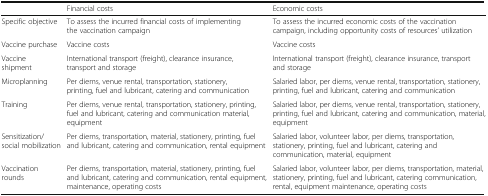
|  | Financial costs | Economic costs |
 | --- | --- | --- |
 | Specific objective | To assess the incurred financial costs of implementing the vaccination campaign | To assess the incurred economic costs of the vaccination campaign, including opportunity costs of resources’ utilization |
 | Vaccine purchase | Vaccine costs | Vaccine costs |
 | Vaccine shipment | International transport (freight), clearance insurance, transport and storage | International transport (freight), clearance insurance, transport and storage |
 | Microplanning | Per diems, venue rental, transportation, stationery, printing, fuel and lubricant, catering and communication | Salaried labor, per diems, venue rental, transportation, stationery, printing, fuel and lubricant, catering and communication |
 | Training | Per diems, venue rental, transportation, stationery, printing, fuel and lubricant, catering and communication material, equipment | Salaried labor, per diems, venue rental, transportation, stationery, printing, fuel and lubricant, catering and communication, material, equipment |
 | Sensitization/social mobilization | Per diems, transportation, material, stationery, printing, fuel and lubricant, catering and communication, rental equipment | Salaried labor, volunteer labor, per diems, transportation, stationery, printing, fuel and lubricant, catering and communication, material, equipment |
 | Vaccination rounds | Per diems, transportation, material, stationery, printing, fuel and lubricant, catering and communication, rental equipment, maintenance, operating costs | Salaried labor, volunteer labor, per diems, transportation, material, stationery, printing, fuel and lubricant, catering communication, rental, equipment maintenance, operating costs |